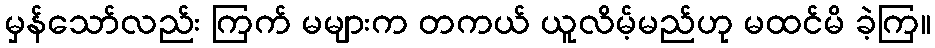
မှန်သော်လည်း ကြက် မများက တကယ် ယူလိမ့်မည်ဟု မထင်မိ ခဲ့ကြ။